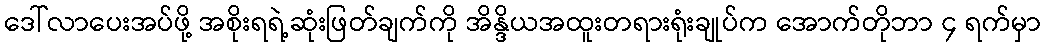
ဒေါ်လာပေးအပ်ဖို့ အစိုးရရဲ့ဆုံးဖြတ်ချက်ကို အိန္ဒိယအထူးတရားရုံးချုပ်က အောက်တိုဘာ ၄ ရက်မှာ